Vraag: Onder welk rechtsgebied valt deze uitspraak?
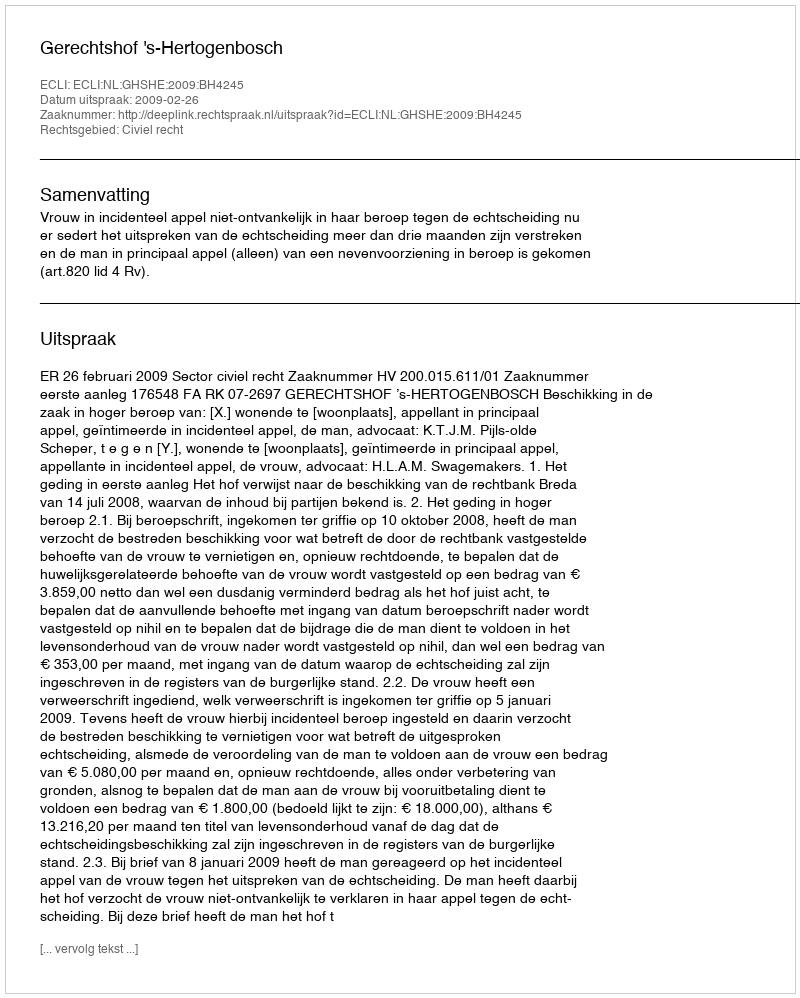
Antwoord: Civiel recht